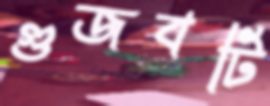
গুজবটি